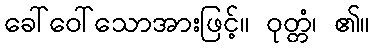
ခေါ်ဝေါ်သောအားဖြင့်။ ဝုတ္တံ၊ ၏။